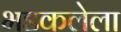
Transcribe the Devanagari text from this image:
भडकलेला